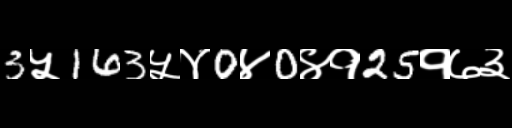
Text: 3५163५४0४0४१25१७३